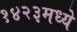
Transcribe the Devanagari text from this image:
१४२३मध्ये